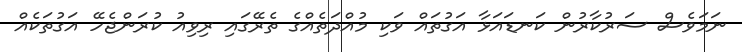
ނަމަވެސް ސަރުކާރުން ކަނޑައަޅާ އަގުތައް ވަކި މުއްދަތެއްގެ ތެރޭގައި ރިވިއު ކުރަންޖެހޭ އަގުތަކެއް